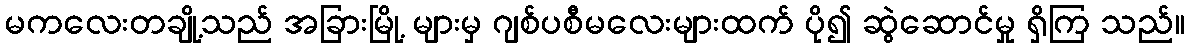
မကလေးတချို့သည် အခြားမြို့ များမှ ဂျစ်ပစီမလေးများထက် ပို၍ ဆွဲဆောင်မှု ရှိကြ သည်။